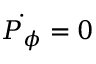
{ \dot { P _ { \phi } } } = 0